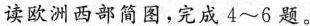
读欧洲西部简图，完成4~6题。